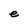
Character: e